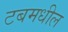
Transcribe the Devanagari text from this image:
टबमधील